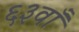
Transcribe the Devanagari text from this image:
६३वाँ